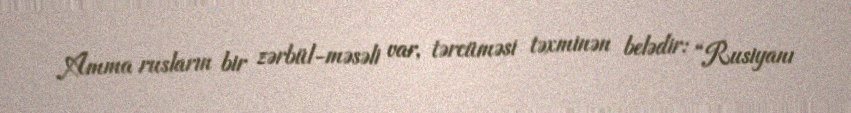
Amma rusların bir zərbül-məsəli var, tərcüməsi təxminən belədir: “Rusiyanı